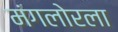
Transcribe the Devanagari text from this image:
मंगलोरला